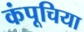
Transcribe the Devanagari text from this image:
कंपूचिया